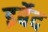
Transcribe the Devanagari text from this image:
इर्बेद